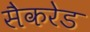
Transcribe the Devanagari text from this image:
सैकरेड